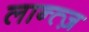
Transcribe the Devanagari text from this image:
लान्त्ज़